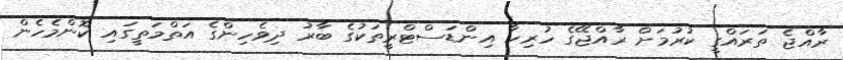
ރާއްޖެ ތަރައްގީ ކުރުމަށް ރާއްޖޭގެ ހުރިހާ އިންޑަސްޓްރީތަކުގެ ބާރު ދިވެހިންގެ އަތްމަތީގައި ކޮންމެހެން